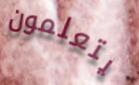
يتعلمون